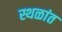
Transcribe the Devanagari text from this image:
स्थळांत